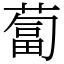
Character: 蔔